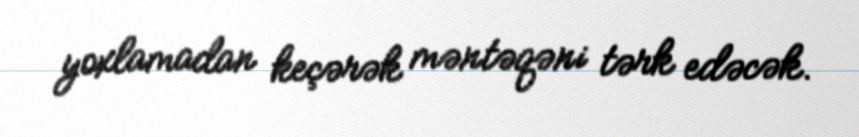
yoxlamadan keçərək məntəqəni tərk edəcək.